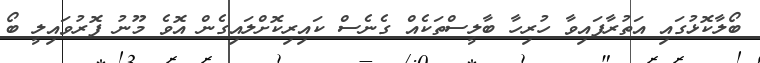
ބޯލާކޮޅުގައި އަތުރާފައިވާ ހުރިހާ ބާލީސްތަކެއް ގެނެސް ކައިރިކޮށްލައިގެން އޮވެ މޫނު ފޮރުވައިލީ ބޯ